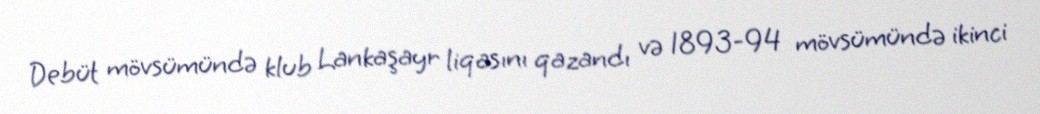
Debüt mövsümündə klub Lankaşayr liqasını qazandı və 1893-94 mövsümündə ikinci